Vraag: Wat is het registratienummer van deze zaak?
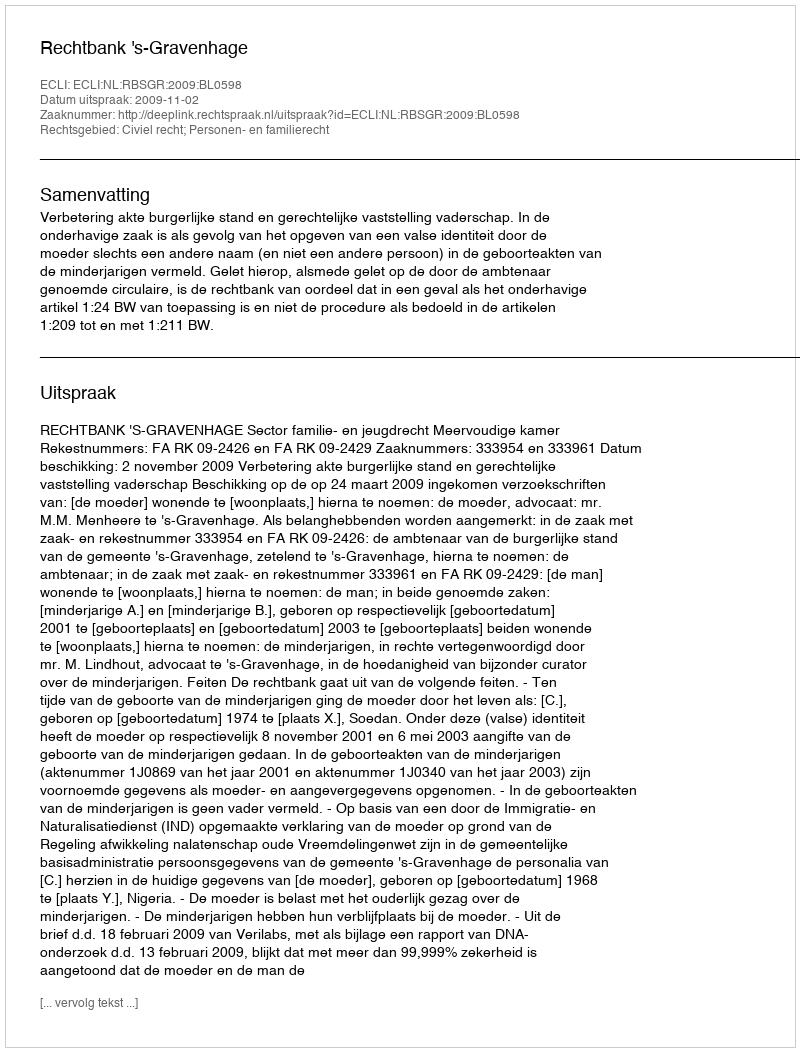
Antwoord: http://deeplink.rechtspraak.nl/uitspraak?id=ECLI:NL:RBSGR:2009:BL0598